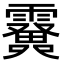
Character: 𩆫